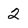
Character: 2